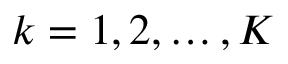
{ k = 1 , 2 , \dots , K }